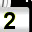
Digit: 2